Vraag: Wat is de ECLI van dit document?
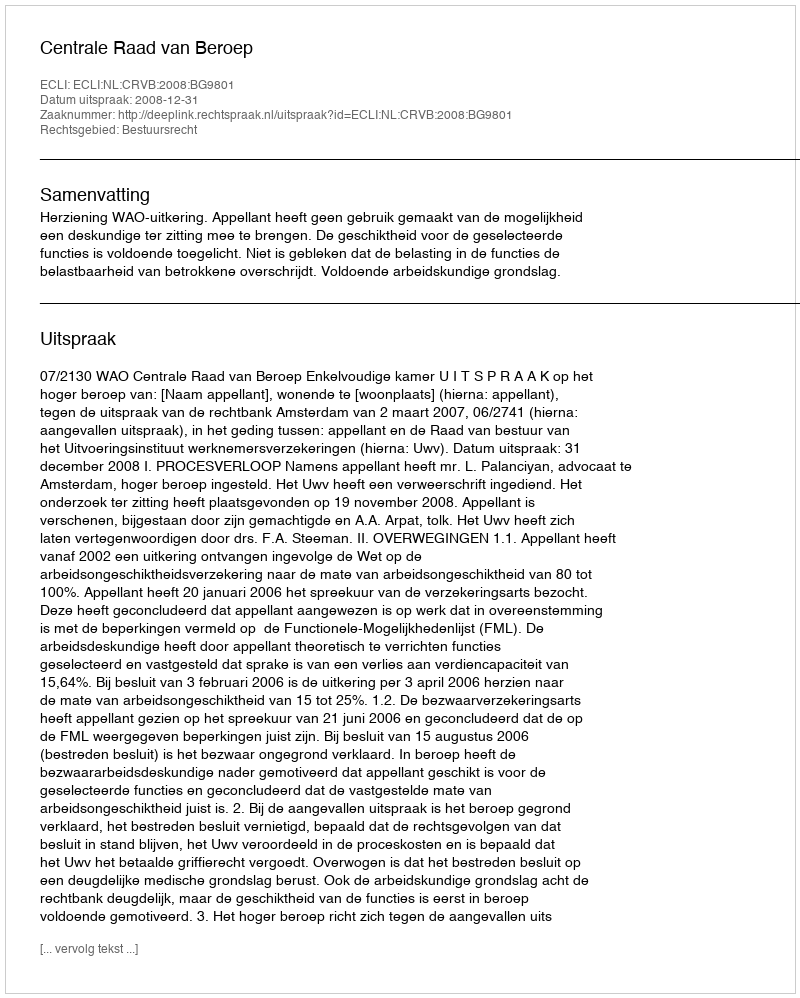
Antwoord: ECLI:NL:CRVB:2008:BG9801